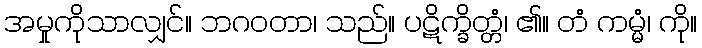
အမှုကိုသာလျှင်။ ဘဂဝတာ၊ သည်။ ပဋိက္ခိတ္တံ၊ ၏။ တံ ကမ္မံ၊ ကို။